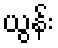
ယွန်း